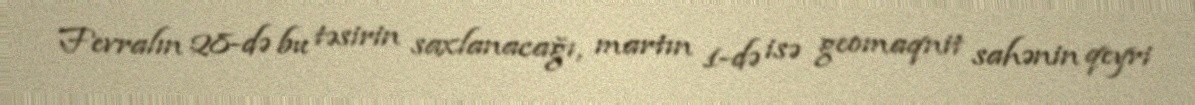
Fevralın 28-də bu təsirin saxlanacağı, martın 1-də isə geomaqnit sahənin qeyri